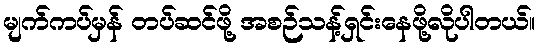
မျက်ကပ်မှန် တပ်ဆင်ဖို့ အစဉ်သန့်ရှင်းနေဖို့လိုပါတယ်။